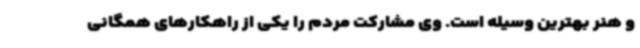
و هنر بهترین وسیله است. وی مشارکت مردم را یکی از راهکارهای همگانی